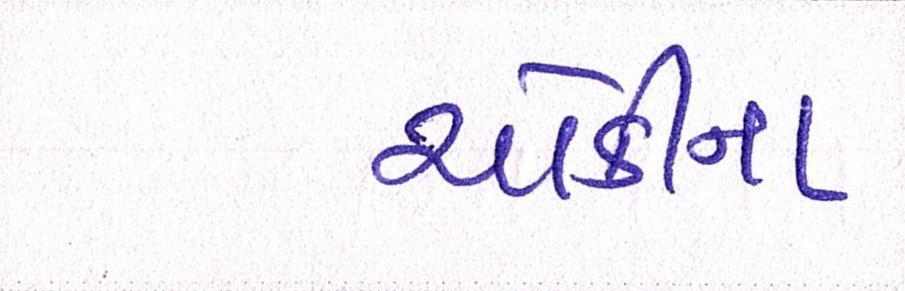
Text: ચોકીના